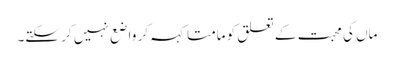
ماں کی محبت کے تعلق کو مامتا کہہ کر واضع نہیں کر سکتے۔